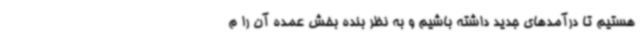
هستیم تا درآمدهای جدید داشته باشیم و به نظر بنده بخش عمده آن را م